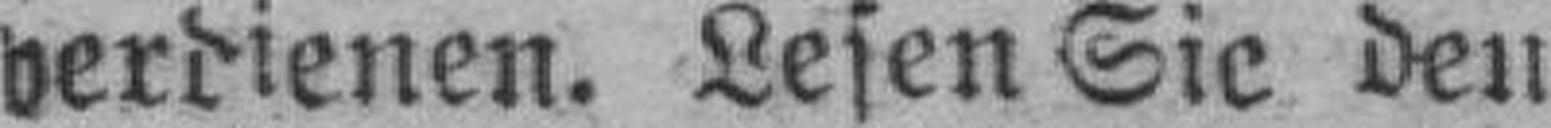
verdienen. Lesen Sie den